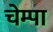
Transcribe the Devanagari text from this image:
चेम्पा